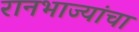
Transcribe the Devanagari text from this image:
रानभाज्यांचा